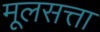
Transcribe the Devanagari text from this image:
मूलसत्ता